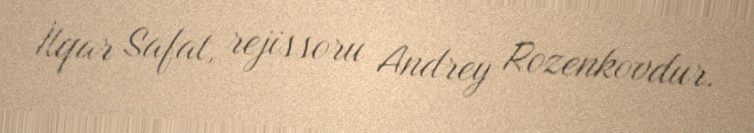
İlqar Safat, rejissoru Andrey Rozenkovdur.